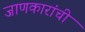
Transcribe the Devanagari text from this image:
जाणकारांची